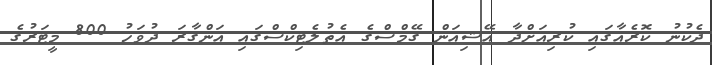
ދެކުނު ކޮރެއާގައި ކުރިއަށްދާ އޭޝިއަން ގޭމްސްގެ އެތުލެޓިކްސްގައި އަންގާރަ ދުވަހު 800 މީޓަރުގެ